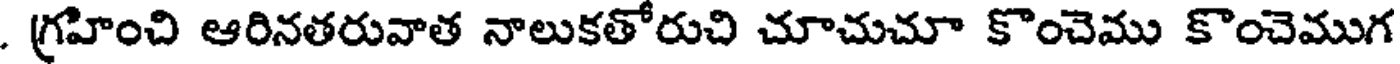
. గ్రహించి ఆరినతరువాత నాలుకతోరుచి చూచుచూ కొంచెము కొంచెముగ